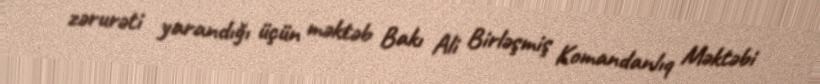
zərurəti yarandığı üçün məktəb Bakı Ali Birləşmiş Komandanlıq Məktəbi